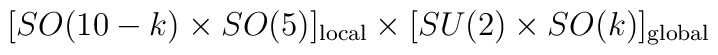
[SO(10-k) \times SO(5)]_{\rm local} \times [SU(2) \times SO(k)]_{\rm global}